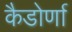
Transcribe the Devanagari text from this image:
कैडोर्णा